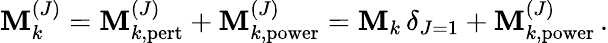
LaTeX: {\cal\mathbf{M}}_{k}^{(J)}={\cal\mathbf{M}}_{k,\mathrm{{pert}}}^{(J)}+{\cal\mathbf{M}}_{k,\mathrm{{power}}}^{(J)}=\mathbf{M}_{k}\, \delta_{J=1}+{\cal\mathbf{M}}_{k,\mathrm{{power}}}^{(J)}\, .